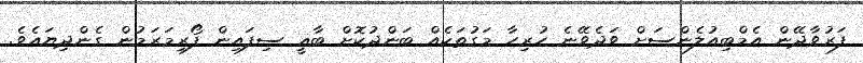
ފަރުވާދޭން އެމްބިއުލެންސަށް ވަދެވޭނެ ހުރިހާ މަގުތަކެއް ބަންދުކޮށް ބާޣީ ސިފައިން ފޯރިމަރަމުން ގެންދިޔައެވެ.